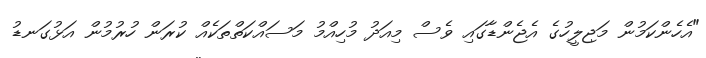
"އެހެންކަމުން މަޖިލީހުގެ އެޖެންޑާގައި ވެސް މިއަދު މުހިއްމު މަސައްކަތްތަކެއް ކުރަން ހުރުމުން އަޅުގަނޑު